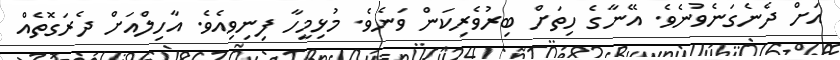
އަށް ދެނެގަނެވުނެވެ. އޭނާގެ ހިތަށް ބިރުވެރިކަން ވަނެވެ. މުޅިމީހާ ފިނިވިއެވެ. އާހިލްއަށް ދެރަގޮތެއް